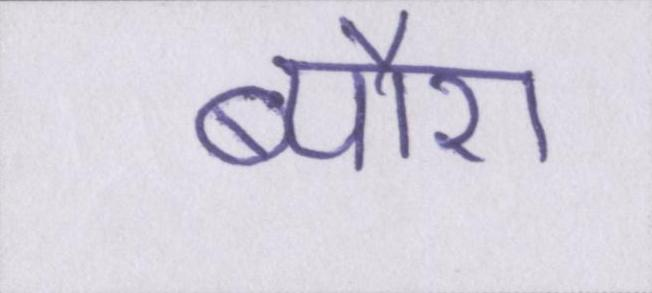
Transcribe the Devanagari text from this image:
ब्यौरा